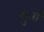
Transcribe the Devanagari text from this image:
सुनों